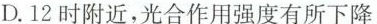
D.12时附近，光合作用强度有所下降